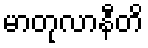
မာတုလာနီတိ